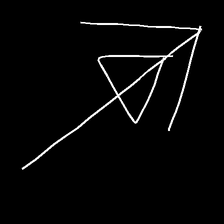
Glyph: pull